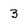
Character: 3